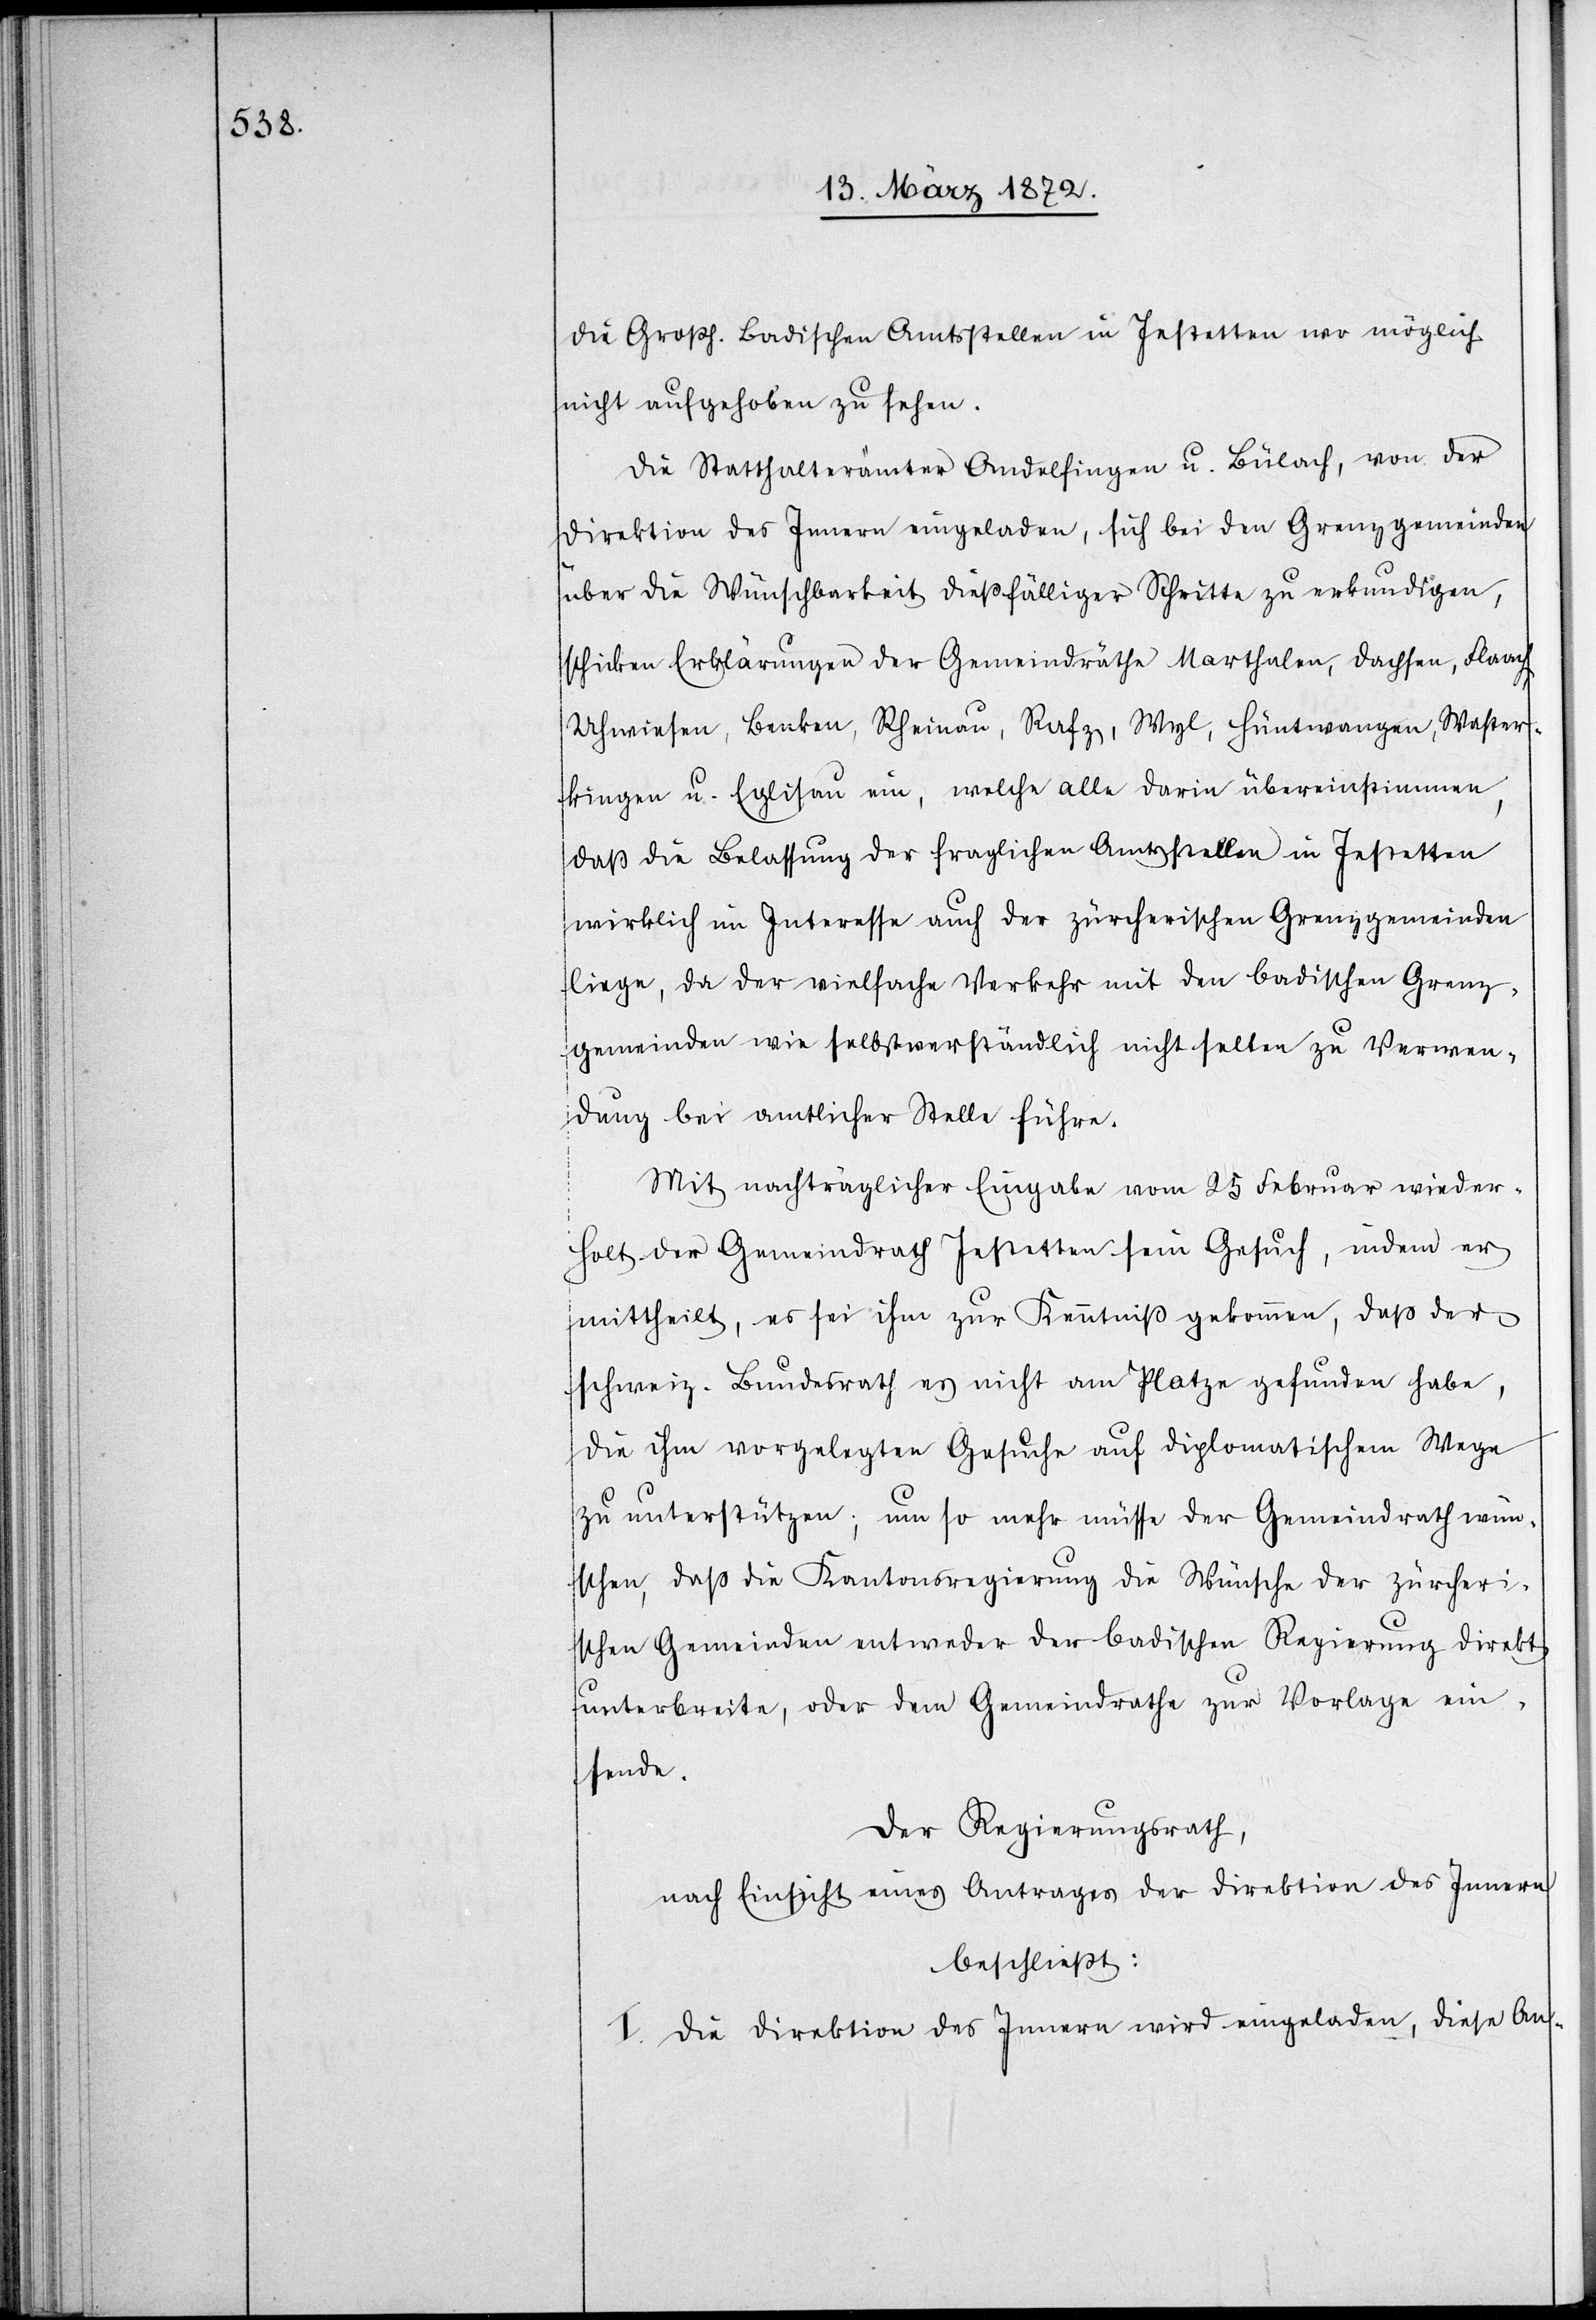
die Großh. Badischen Amtsstellen in Jestetten wo möglich
nicht aufgehoben zu sehen.
Die Statthalterämter Andelfingen u. Bülach, von der
Direktion des Innern eingeladen, sich bei den Grenzgemeinden
über die Wünschbarkeit dießfälliger Schritte zu erkundigen,
schicken Erklärungen der Gemeindräthe Marthalen, Dachsen, Flaach,
Uhwiesen, Benken, Rheinau, Rafz, Wyl, Hüntwangen, Waster¬
kingen u. Eglisau ein, welche alle darin übereinstimmen,
daß die Belassung der fraglichen Amtsstellen in Jestetten
wirklich im Interesse auch der zürcherischen Grenzgemeinden
liege, da der vielfache Verkehr mit den badischen Grenz¬
gemeinden wie selbstverständlich nicht selten zu Verwen¬
dung bei amtlicher Stelle führe.
Mit nachträglicher Eingabe vom 25 Februar wieder¬
holt der Gemeindrath Jestetten sein Gesuch, indem er
mittheilt, es sei ihm zur Kenntniß gekommen, daß der
schweiz. Bundesrath es nicht am Platze gefunden habe,
die ihm vorgelegten Gesuche auf diplomatischem Wege
zu unterstützten; um so mehr müsse der Gemeindrath wün¬
schen, daß die Kantonsregierung die Wünsche der zürcheri¬
schen Gemeinden entweder der badischen Regierung direkt
unterbreite, oder dem Gemeindrathe zur Vorlage ein¬
sende.
Der Regierungsrath,
nach Einsicht eines Antrages der Direktion des Innern
beschließt:
I. Die Direktion des Innern wird eingeladen, diese An-